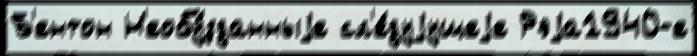
Б'ентон Н'еобу́зданныjе сл'е́дуjущеjе Рэjа1940-е